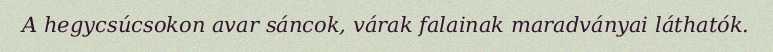
A hegycsúcsokon avar sáncok, várak falainak maradványai láthatók.